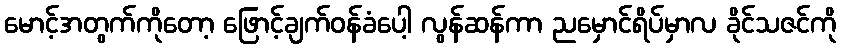
မောင့်အတွက်ကိုတော့ ဖြောင့်ချက်ဝန်ခံပေါ့ လွန်ဆန်ကာ ညမှောင်ရိပ်မှာလ ခိုင်သဇင်ကို